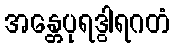
အန္တေပုရဒွါရဂတံ